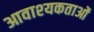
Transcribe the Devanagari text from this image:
आवाश्‍यकताओं